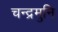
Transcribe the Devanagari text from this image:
चन्द्रमुनि